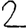
Digit: 2